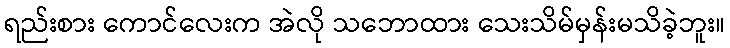
ရည်းစား ကောင်လေးက အဲလို သဘောထား သေးသိမ်မှန်းမသိခဲ့ဘူး။